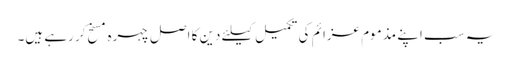
یہ سب اپنے مذموم عزائم کی تکمیل کیلئے دین کا اصل چہره مسخ کر رہے ہیں۔